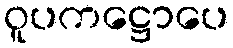
ဝူပကဋ္ဌောပေ